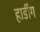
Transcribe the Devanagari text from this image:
हार्डींग